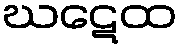
ဃဋေထ